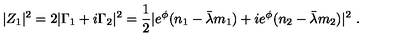
| Z _ { 1 } | ^ { 2 } = 2 | \Gamma _ { 1 } + i \Gamma _ { 2 } | ^ { 2 } = { \frac { 1 } { 2 } } | e ^ { \phi } ( n _ { 1 } - \bar { \lambda } m _ { 1 } ) + i e ^ { \phi } ( n _ { 2 } - \bar { \lambda } m _ { 2 } ) | ^ { 2 } \ .